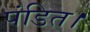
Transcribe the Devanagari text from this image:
पंडित।